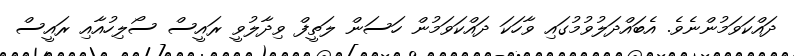
ދައްކަވަމުންނެވެ. އެބައްދަލުވުމުގައި ވާހަކަ ދައްކަވަމުން ހަސަން ލަތީފް ވިދާލުވީ ރައީސް ސޯލިހުއާއި ރައީސް